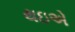
થઇએ